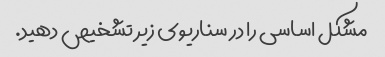
مشکل اساسی را در سناریوی زیر تشخیص دهید.